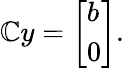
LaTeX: \mathbb{C}y={\left[\begin{array}{l}{b}\\ {0}\end{array}\right]}.